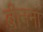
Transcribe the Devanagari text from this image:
बीनना